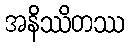
အနိဿိတဿ